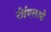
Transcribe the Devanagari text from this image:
टीईएलओ